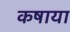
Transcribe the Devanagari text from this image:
कषाया